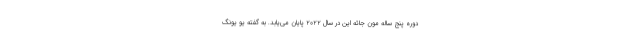
دوره پنج ساله مون جائه این در سال ۲۰۲۲ پایان می‌یابد. به گفته یو یونگ